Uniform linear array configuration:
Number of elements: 8
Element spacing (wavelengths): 0.5
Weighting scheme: hann
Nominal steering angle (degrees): -45
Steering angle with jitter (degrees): -43.688
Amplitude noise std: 0.05
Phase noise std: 0.05

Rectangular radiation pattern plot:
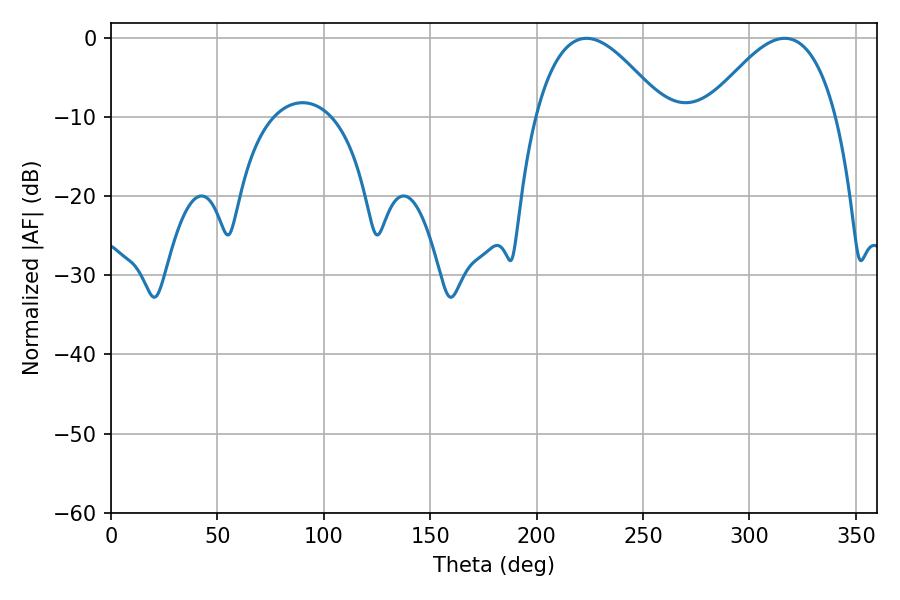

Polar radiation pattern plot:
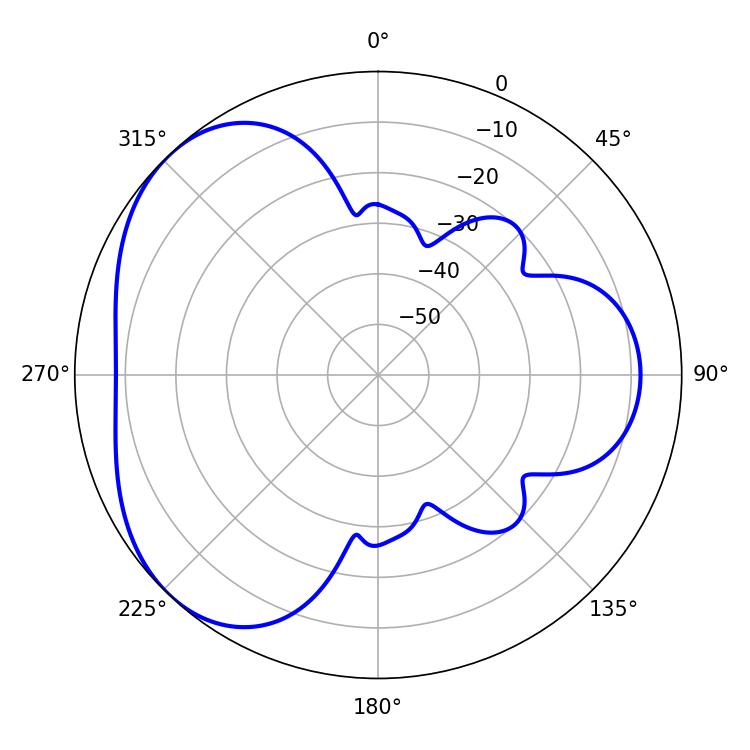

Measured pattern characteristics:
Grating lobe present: FALSE
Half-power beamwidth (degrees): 33.12
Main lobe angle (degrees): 223.38